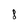
Character: 8